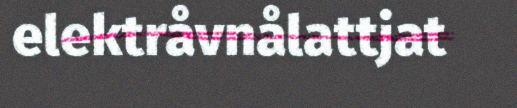
elektråvnålattjat